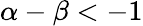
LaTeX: \alpha-\beta<-1